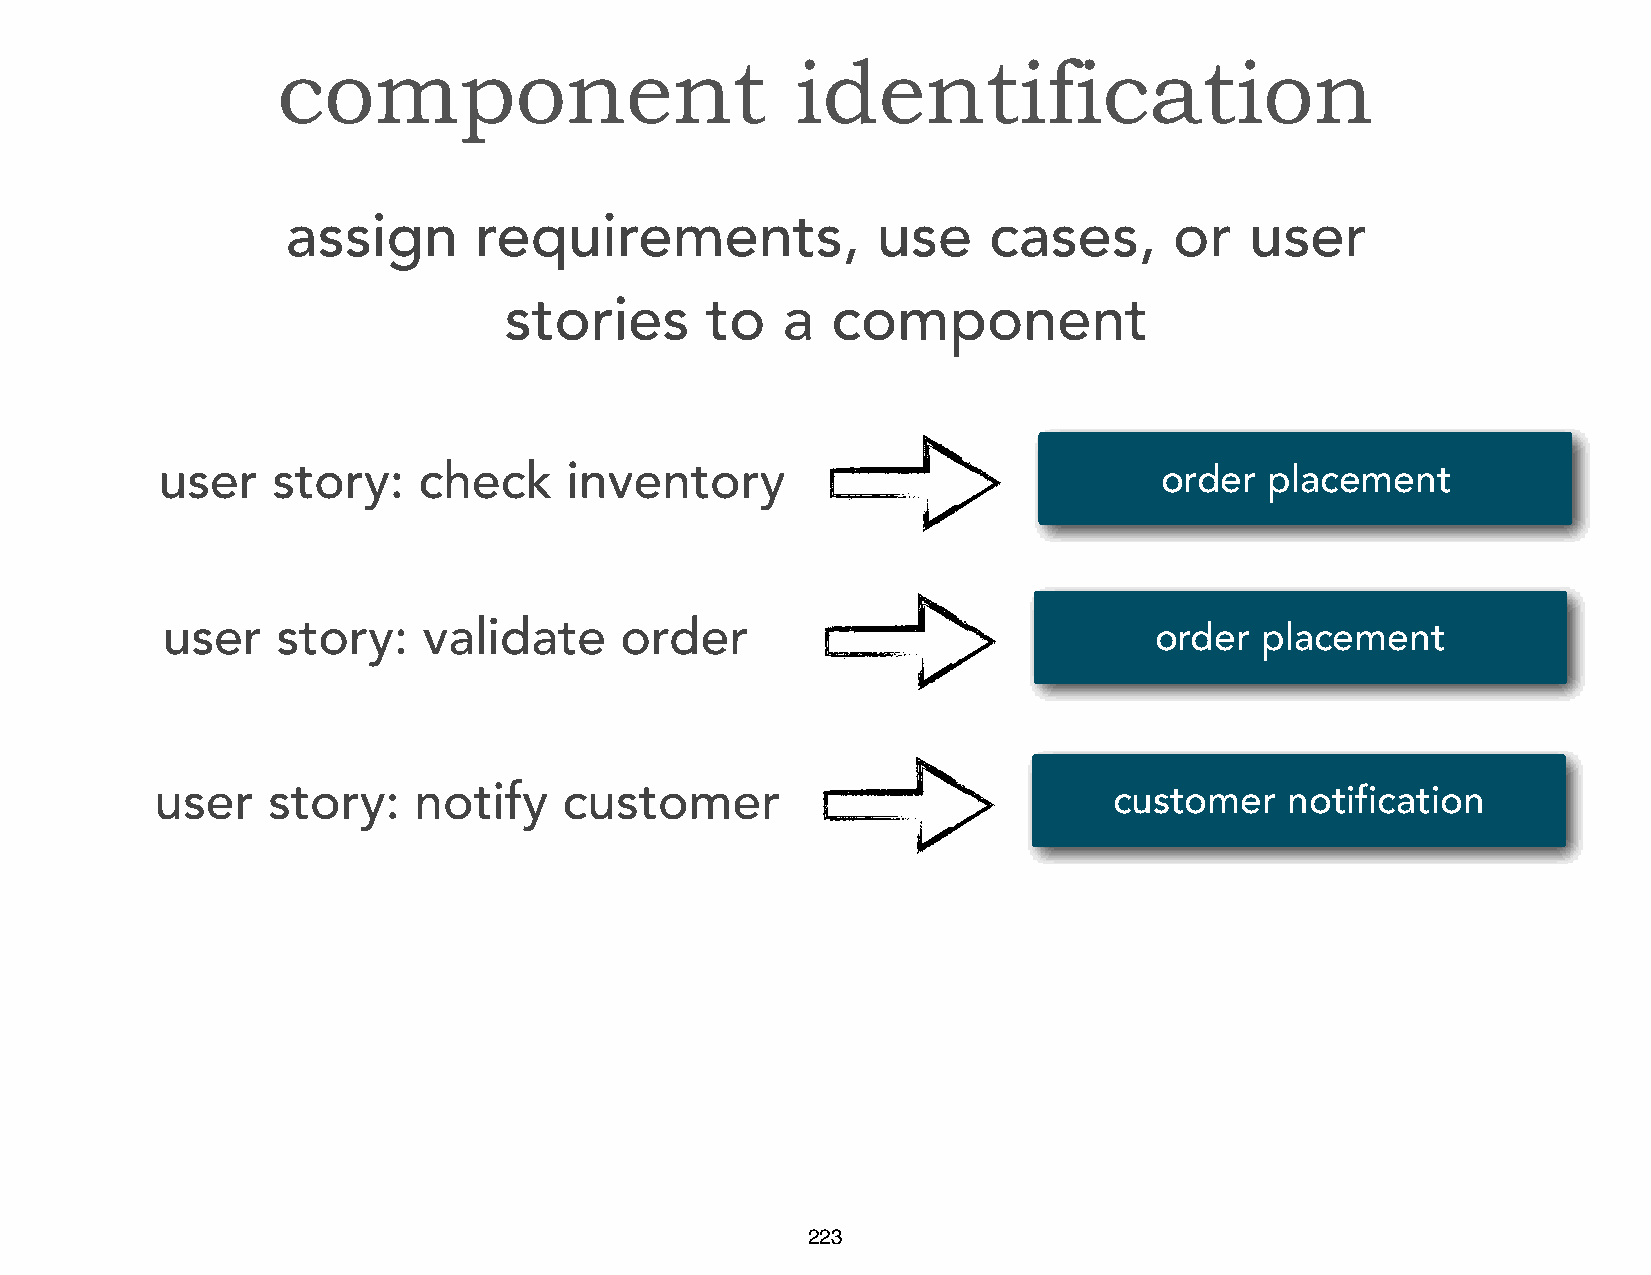
component                          identification
 assign      requirements,              use    cases,       or   user
 stories       to   a  component
 user    story:    check    inventory                               order  placement
 user   story:    validate     order                              order  placement
 user    story:   notify    customer                             customer   notification
 223